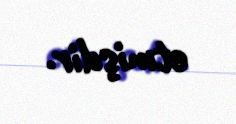
etmişdir.